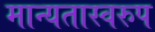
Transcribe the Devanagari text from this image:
मान्यतास्वरुप